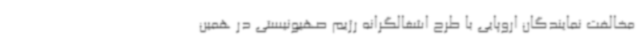
مخالفت نمایندگان اروپایی با طرح اشغالگرانه رژیم صهیونیستی در همین